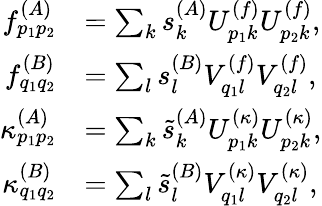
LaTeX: \begin{array}{rl}{f_{p_{1}p_{2}}^{(A)}}&{=\sum_{k}s_{k}^{(A)}U_{p_{1}k}^{(f)}U_{p_{2}k}^{(f)},}\\ {f_{q_{1}q_{2}}^{(B)}}&{=\sum_{l}s_{l}^{(B)}V_{q_{1}l}^{(f)}V_{q_{2}l}^{(f)},}\\ {\kappa_{p_{1}p_{2}}^{(A)}}&{=\sum_{k}\tilde{s}_{k}^{(A)}{U}_{p_{1}k}^{(\kappa)}{U}_{p_{2}k}^{(\kappa)},}\\ {\kappa_{q_{1}q_{2}}^{(B)}}&{=\sum_{l}\tilde{s}_{l}^{(B)}{V}_{q_{1}l}^{(\kappa)}{V}_{q_{2}l}^{(\kappa)},}\end{array}